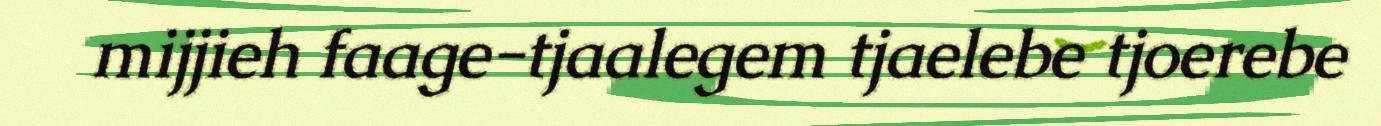
mijjieh faage-tjaalegem tjaelebe tjoerebe